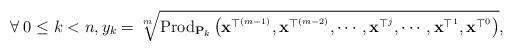
LaTeX: \begin{align*}\forall\;0\le k<n,y_{k}=\sqrt[m]{\mbox{Prod}_{\mathbf{P}_{k}}\left(\mathbf{x}^{\top^{\left(m-1\right)}},\mathbf{x}^{\top^{\left(m-2\right)}},\cdots,\mathbf{x}^{\top^{j}},\cdots,\mathbf{x}^{\top^{1}},\mathbf{x}^{\top^{0}}\right)},\end{align*}